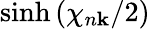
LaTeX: \sinh{(\chi_{n\mathbf{k}}/2)}